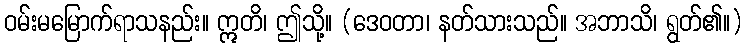
ဝမ်းမမြောက်ရာသနည်း။ ဣတိ၊ ဤသို့။ (ဒေဝတာ၊ နတ်သားသည်။ အဘာသိ၊ ရွတ်၏။)